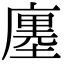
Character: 廛